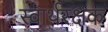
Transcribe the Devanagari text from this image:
स्वार्थरक्षक